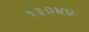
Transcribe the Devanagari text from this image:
१३०४४